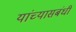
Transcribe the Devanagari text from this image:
यांच्यासबंधी